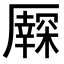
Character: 𠫃